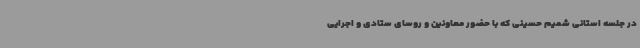
در جلسه استانی شمیم حسینی که با حضور معاونین و روسای ستادی و اجرایی